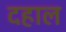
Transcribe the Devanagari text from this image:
दहाल